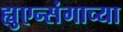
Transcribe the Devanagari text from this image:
ह्युएन्संगाच्या